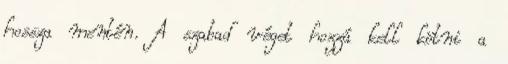
hossza mentén. A szabad véget hozzá kell kötni a